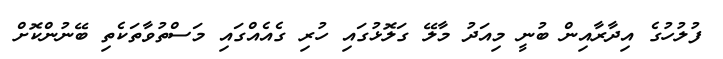
ފުލުހުގެ އިދާރާއިން ބުނީ މިއަދު މާލޭ ގަލޮޅުގައި ހުރި ގެއެއްގައި މަސްތުވާތަކެތި ބޭނުންކޮށް